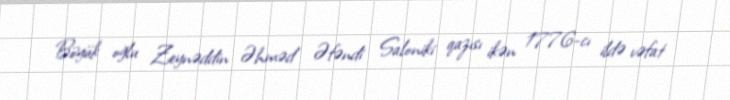
Böyük oğlu Zeynəddin Əhməd Əfəndi Saloniki qazısı ikən 1776-cı ildə vəfat